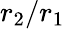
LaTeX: r_{2}/r_{1}